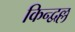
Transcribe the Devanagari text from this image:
किन्द्वल्ल